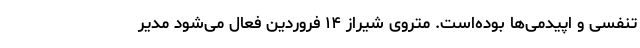
تنفسی و اپیدمی‌ها بوده‌است. متروی شیراز ۱۴ فروردین فعال می‌شود مدیر